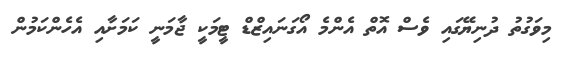
މިވަގުތު ދުނިޔޭގައި ވެސް އޮތް އެންމެ އޯގަނައިޒްޑް ޓީމަކީ ޖާމަނީ ކަމަށާއި އެހެންކަމުން